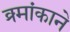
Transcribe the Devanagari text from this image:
क्र्मांकाने